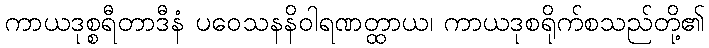
ကာယဒုစ္စရီတာဒီနံ ပဝေသနနိဝါရဏတ္ထာယ၊ ကာယဒုစရိုက်စသည်တို့၏